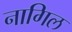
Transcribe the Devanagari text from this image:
नागिल